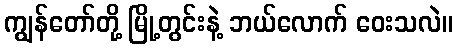
ကျွန်တော်တို့ မြို့တွင်းနဲ့ ဘယ်လောက် ဝေးသလဲ။